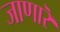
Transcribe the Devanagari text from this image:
जाणारॆ